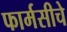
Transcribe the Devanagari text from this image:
फार्मसीचे